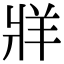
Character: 牂